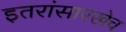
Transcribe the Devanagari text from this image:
इतरांसारखेच